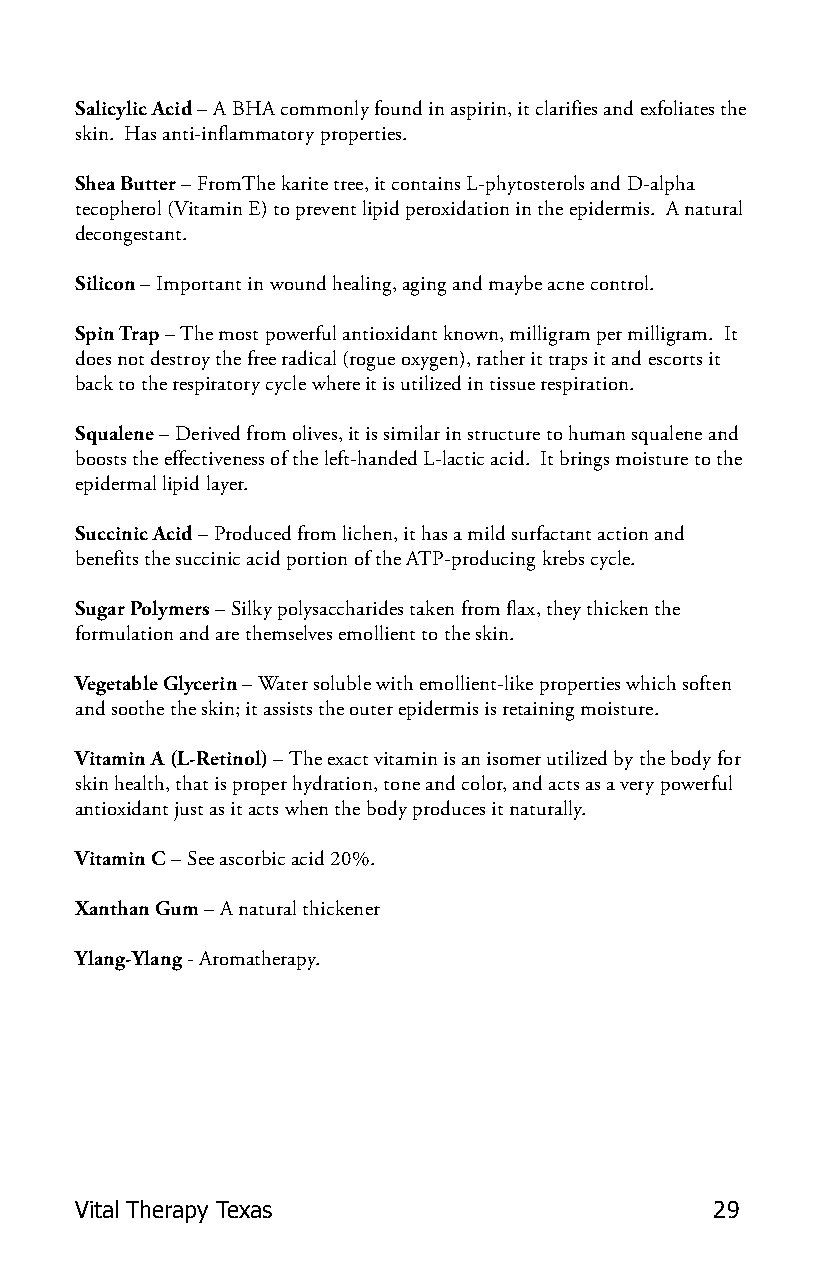
Salicylic Acid – A BHA commonly found in aspirin, it clarifies and exfoliates the
 skin. Has anti-inflammatory properties.
 Shea Butter – FromThe karite tree, it contains L-phytosterols and D-alpha
 tecopherol (Vitamin E) to prevent lipid peroxidation in the epidermis. A natural
 decongestant.
 Silicon – Important in wound healing, aging and maybe acne control.
 Spin Trap – The most powerful antioxidant known, milligram per milligram. It
 does not destroy the free radical (rogue oxygen), rather it traps it and escorts it
 back to the respiratory cycle where it is utilized in tissue respiration.
 Squalene – Derived from olives, it is similar in structure to human squalene and
 boosts the effectiveness of the left-handed L-lactic acid. It brings moisture to the
 epidermal lipid layer.
 Succinic Acid – Produced from lichen, it has a mild surfactant action and
 benefits the succinic acid portion of the ATP-producing krebs cycle.
 Sugar Polymers – Silky polysaccharides taken from flax, they thicken the
 formulation and are themselves emollient to the skin.
 Vegetable Glycerin – Water soluble with emollient-like properties which soften
 and soothe the skin; it assists the outer epidermis is retaining moisture.
 Vitamin A (L-Retinol) – The exact vitamin is an isomer utilized by the body for
 skin health, that is proper hydration, tone and color, and acts as a very powerful
 antioxidant just as it acts when the body produces it naturally.
 Vitamin C – See ascorbic acid 20%.
 Xanthan Gum – A natural thickener
 Ylang-Ylang - Aromatherapy.
 Vital Therapy Texas                       29